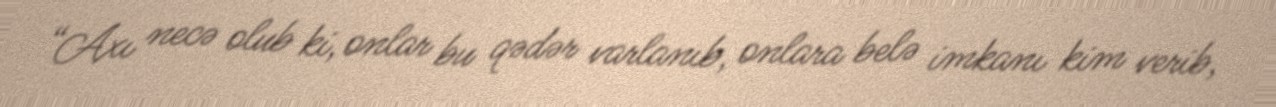
“Axı necə olub ki, onlar bu qədər varlanıb, onlara belə imkanı kim verib,